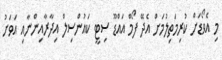
މި އެވޯޑަށް ކުރިމަތިލުމަށް އެދޭ ފޯމް އައްޑޫ ސިޓީ ކައުންސިލް އިދާރާއިންނާއި އަވަށު